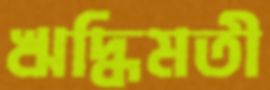
ঋদ্ধিমতী